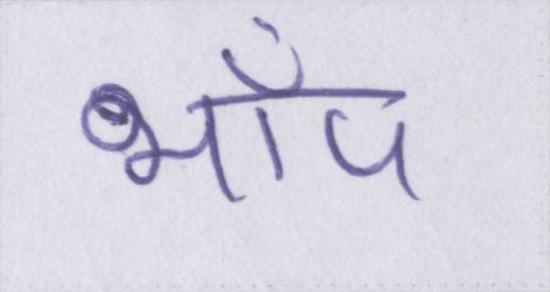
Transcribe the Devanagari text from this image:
भाँप